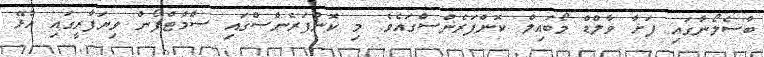
ބާސެލޯނާގައި ފަށާ ވާލްޑް މޯބައިލް ކޮންފަރެންސްގައެވެ. މި ކޮންފަރެންސްގައި ސްމާޓްފޯން ވިޔަފާރީގައި އުޅޭ